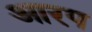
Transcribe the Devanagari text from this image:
आरप